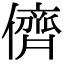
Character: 儕